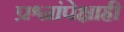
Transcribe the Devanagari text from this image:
प्रश्नांपेक्षाही